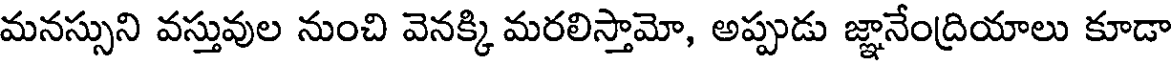
మనస్సుని వస్తువుల నుంచి వెనక్కి మరలిస్తామో, అప్పుడు జ్ఞానేంద్రియాలు కూడా